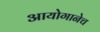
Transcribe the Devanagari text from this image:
आयोगानेच